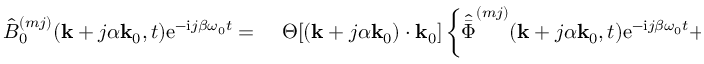
\begin{array} { r l } { \hat { B } _ { 0 } ^ { ( m j ) } ( \mathbf { k } + j \alpha \mathbf { k } _ { 0 } , t ) \mathrm { e } ^ { - \mathrm { i } j \beta \omega _ { 0 } t } = ~ } & { { } \Theta [ ( \mathbf { k } + j \alpha \mathbf { k } _ { 0 } ) \cdot \mathbf { k } _ { 0 } ] \left\{ \hat { \bar { \Phi } } ^ { ( m j ) } ( \mathbf { k } + j \alpha \mathbf { k } _ { 0 } , t ) \mathrm { e } ^ { - \mathrm { i } j \beta \omega _ { 0 } t } + \right. } \end{array}